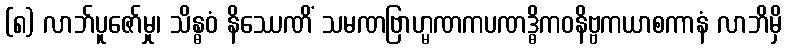
(၈) လာဘ်ပူဇော်မှု၊ သိန္ဓဝံ နိဿေဏိံ သမဏဗြာဟ္မဏကပဏဒ္ဓိကဝနိဗ္ဗကယာစကာနံ လာဘိမှိ